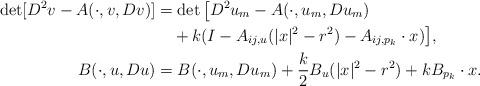
LaTeX: \begin{align*} \det [D^2v - A(\cdot,v,Dv)] &= \det \big[D^2u_m - A(\cdot,u_m,Du_m)\\ &\quad+k(I - A_{ij,u}(|x|^2-r^2)-A_{ij,p_k}\cdot x)\big],\\ B(\cdot,u,Du) &= B(\cdot,u_m,Du_m)+\frac{k}{2}B_u(|x|^2-r^2)+kB_{p_k}\cdot x. \end{align*}